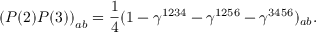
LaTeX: \left( P ( 2 ) P ( 3 ) \right) _ { a b } = \frac { 1 } { 4 } ( 1 - \gamma ^ { 1 2 3 4 } - \gamma ^ { 1 2 5 6 } - \gamma ^ { 3 4 5 6 } ) _ { a b } .